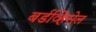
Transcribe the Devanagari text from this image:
बर्डव्हिसेल